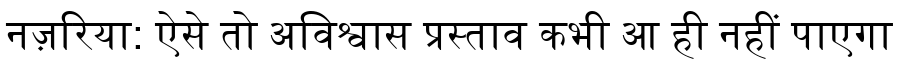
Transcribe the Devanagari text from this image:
नज़रिया: ऐसे तो अविश्वास प्रस्ताव कभी आ ही नहीं पाएगा